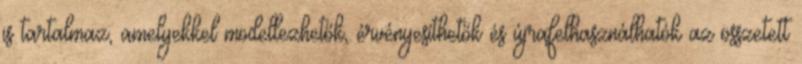
is tartalmaz, amelyekkel modellezhetők, érvényesíthetők és újrafelhasználhatók az összetett